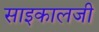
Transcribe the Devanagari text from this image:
साइकालजी